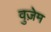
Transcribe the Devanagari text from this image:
वुज़ेम